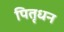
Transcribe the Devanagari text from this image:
पितृधन